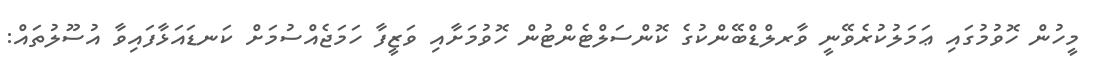
މީހުން ހޮވުމުގައި ޢަމަލުކުރެވޭނީ ވާރލްޑްބޭންކުގެ ކޮންސަލްޓެންޓުން ހޮވުމަށާއި ވަޒީފާ ހަމަޖެއްސުމަށް ކަނޑައަޅާފައިވާ އުސޫލުތައް: